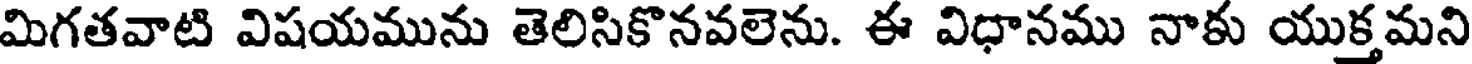
మిగతవాటి విషయమును తెలిసికొనవలెను. ఈ విధానము నాకు యుక్తమని